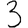
Digit: 3